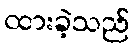
ထားခဲ့သည်